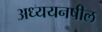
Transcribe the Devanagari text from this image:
अध्ययनषील